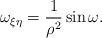
LaTeX: \begin{align*} \omega_{\xi\eta}=\frac{1}{\rho^2}\sin\omega.\end{align*}